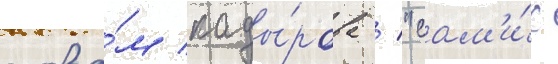
слова́м кады́рова / "сам'и́х